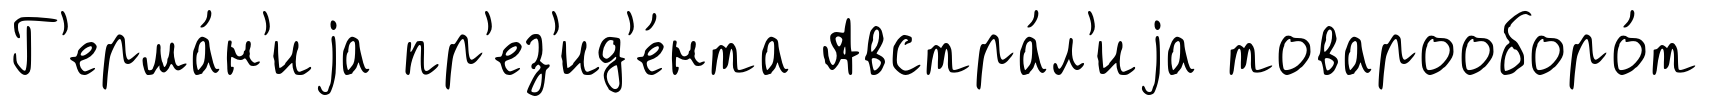
Г'ерма́н'иjа пр'ез'ид'е́нта Австра́л'иjа товарооборо́т